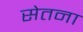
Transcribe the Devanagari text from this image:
सेतना